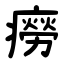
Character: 癆